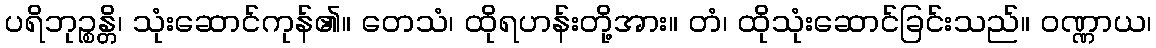
ပရိဘုဉ္စန္တိ၊ သုံးဆောင်ကုန်၏။ တေသံ၊ ထိုရဟန်းတို့အား။ တံ၊ ထိုသုံးဆောင်ခြင်းသည်။ ဝဏ္ဏာယ၊